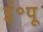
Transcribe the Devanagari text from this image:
ई॰पू